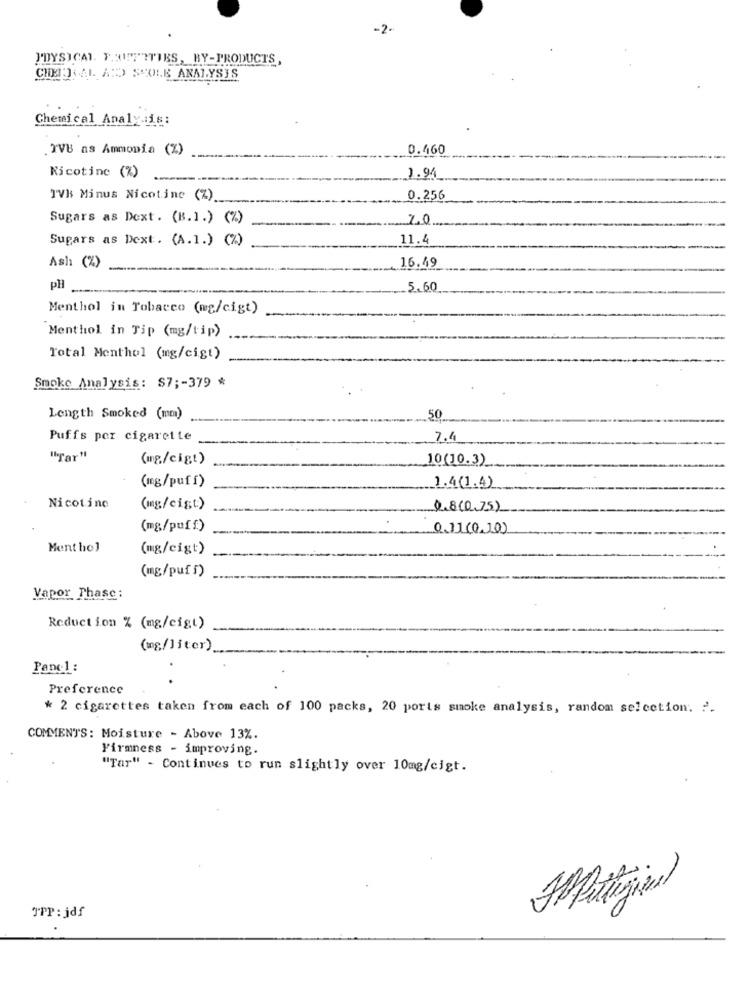
-2.
PHYSICAL. F.317ITIES, BY-PRODUCTS,
CHE JSAL ADO SSOLE ANALYSIS
Chemical Analysis:
.TVB as Ammonia (%)
0.460
Nicotine (%)
1.94
TVH Minus Nicotine (%)
0.256
Sugars as Dext. (B.I.) (%)
70
11.4
Sugars as Dext. (A.1.) (%)
16.49
Ash (%)
pll
5.60
Menthol in Tobacco (mg/cigt)
Menthol in Tip (mg/tip)
Total Menthol (mg/cigt)
Smoke Analysis: S7 ;- 379 *
Length Smoked (mm)
50
Puffs por cigarette
7.4
"Tar"
(mg/cigt)
10(10.3)
(mg/puff)
1.4(1.4)
Nicotine
(mg/cist:)
0.8(0,75)
(mg/puff)
0.11 (0.10)
Ment hol
(mg/cigt)
(mg/puff)
Vapor Phase:
Reduction % (mg/cigt)
(mg/liter)
Panel :
Preference
* 2 cigarettes taken from each of 100 packs, 20 ports smoke analysis, random selection. 2.
COMMENTS: Moisture - Above 13%.
Firmness - improving.
"Tar" - Continues to run slightly over 10mg/cigt.
TPP: jdf